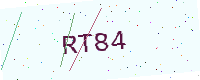
Text: RT84